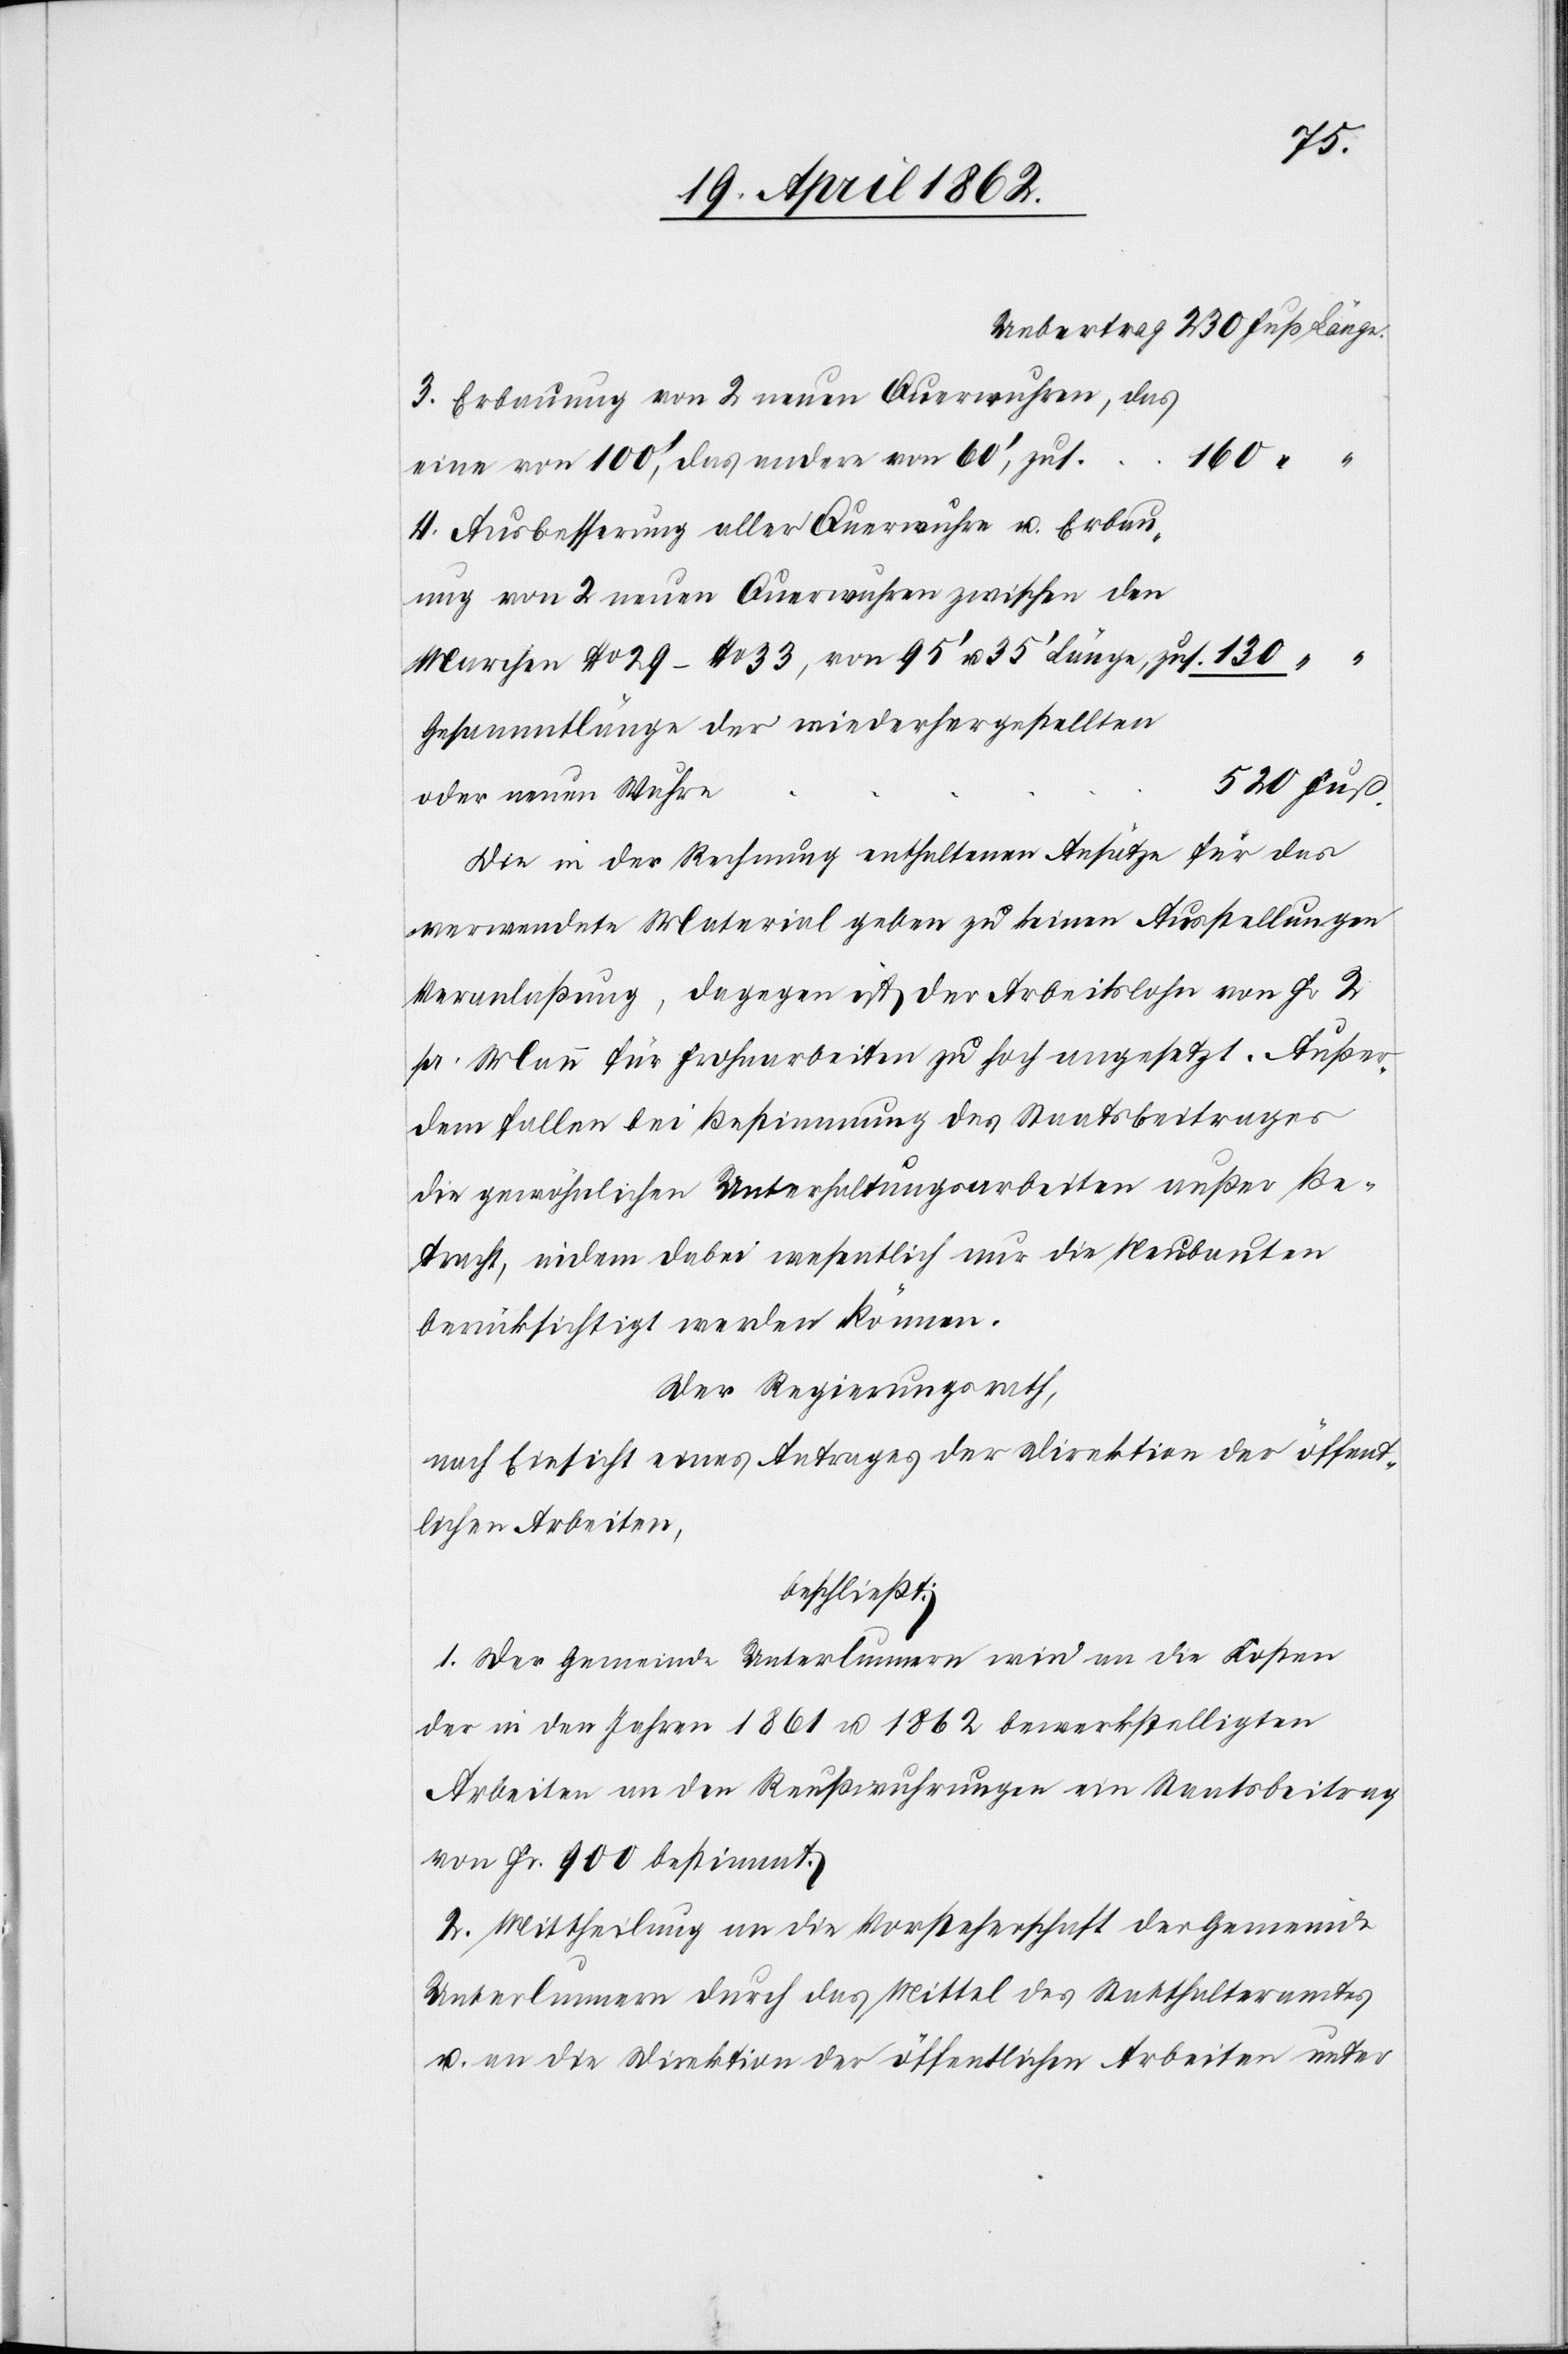
3. Erbauung von 2 neuen Querwuhren, das
eine von 100’, das andere von 60’, zus.
4. Ausbesserung aller Querwuhre u. Erbau¬
ung von 2 neuen Querwuhren zwischen den
Marchen No. 29–No. 33, von 95’ Länge zus.
Gesammtlänge der wiederhergestellten
oder neuen Wuhre.
Die in den Rechnungen enthaltenen Ansätze für das
verwendete Material geben zu keinen Ausstellungen
Veranlaßung, dagegen ist der Arbeitslohn von Fr. 2
pr. Mann für Frohnarbeiten zu hoch angesetzt. Außer¬
dem fallen bei Bestimmung des Staatsbeitrages
die gewöhnlichen Unterhaltungsarbeiten außer Be¬
tracht, indem dabei wesentlich nur die Neubauten
berücksichtigt werden können.
Der Regierungsrath,
nach Einsicht eines Antrages der Direktion der öffent¬
lichen Arbeiten,
beschließt:
I. Der Gemeinde Unterlunnern wird an die Kosten
der in den Jahren 1861 u. 1862 bewerkstelligten
Arbeiten an den Reußwuhrungen ein Staatsbeitrag
von Fr. 900 bestimmt.
2. Mittheilung an die Vorsteherschaft der Gemeinde
Unterlunnern durch das Mittel des Statthalteramtes
u. an die Direktion der öffentlichen Arbeiten unter